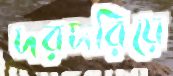
দরদরিয়ে